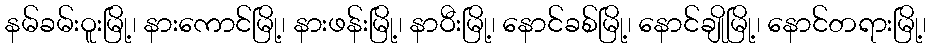
နမ်ခမ်းဝူးမြို့၊ နားကောင်မြို့၊ နားဖန်းမြို့၊ နာဝီးမြို့၊ နောင်ခစ်မြို့၊ နောင်ချိုမြို့၊ နောင်တရားမြို့၊